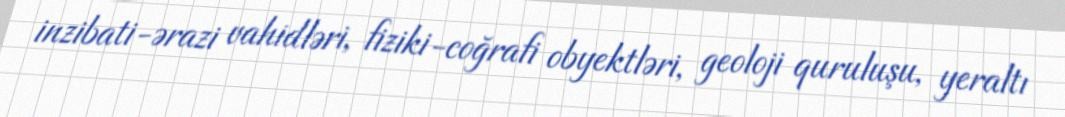
inzibati-ərazi vahidləri, fiziki-coğrafi obyektləri, geoloji quruluşu, yeraltı